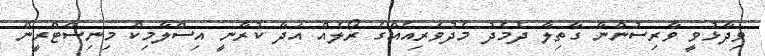
ވިދާޅުވީ ވާރިސުންނާ ގާތިލާ ދެމެދު މެދުވެރިއެއްގެ ރޯލެއް އަދާ ކުރާނީ އިސްލާމިކް މިނިސްޓްރީން